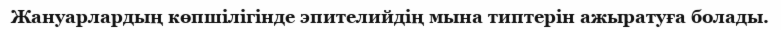
Жануарлардың көпшілігінде эпителийдің мына типтерін ажыратуға болады.